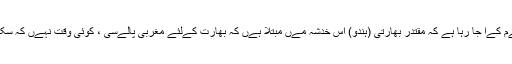
اس بات کو کثرت سے تسلےم کےا جا رہا ہے کہ مقتدر بھارتی (ہندو) اس خدشہ مےں مبتلا ہےں کہ بھارت کےلئے مغربی پالےسی ، کوئی وقت نہےں کہ سکھ ترتےب دےا کرےں گے۔